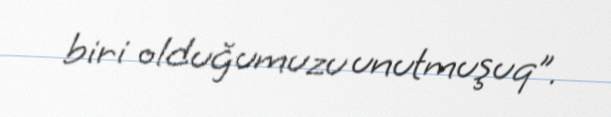
biri olduğumuzu unutmuşuq”.